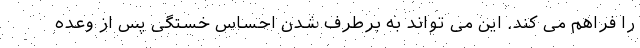
را فراهم می کند. این می تواند به برطرف شدن احساس خستگی پس از وعده